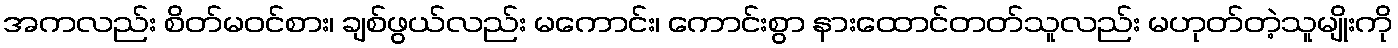
အကလည်း စိတ်မဝင်စား၊ ချစ်ဖွယ်လည်း မကောင်း၊ ကောင်းစွာ နားထောင်တတ်သူလည်း မဟုတ်တဲ့သူမျိုးကို